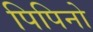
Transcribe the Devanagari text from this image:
पिपिनो